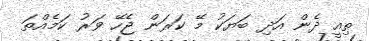
ތިއީ ދެން އަދި ބަޔަކު މޭ ކަރަން ޖެހޭ ވަރު ކަމެއްތަ